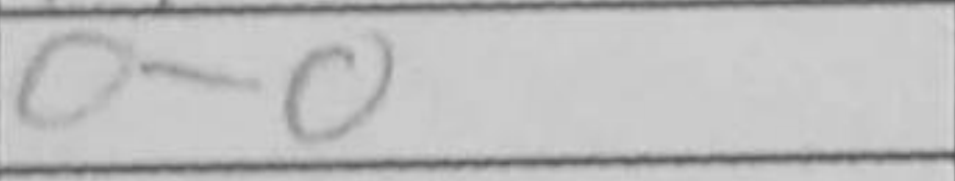
Transcription: O-O